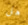
هل